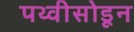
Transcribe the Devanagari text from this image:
पथ्वीसोडून